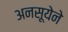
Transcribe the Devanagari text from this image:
अनसूयेने